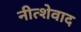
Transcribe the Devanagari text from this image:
नीत्शेवाद